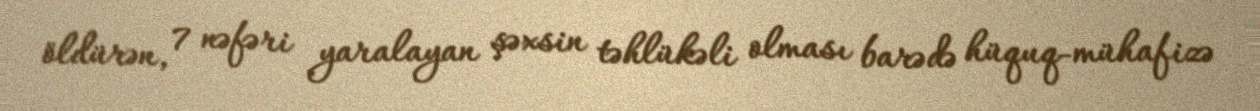
öldürən, 7 nəfəri yaralayan şəxsin təhlükəli olması barədə hüquq-mühafizə